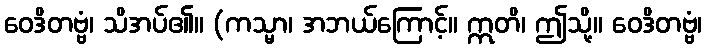
ဝေဒိတဗ္ဗံ၊ သိအပ်၏။ (ကသ္မာ၊ အဘယ်ကြောင့်။ ဣတိ၊ ဤသို့။ ဝေဒိတဗ္ဗံ၊